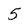
Character: 5